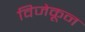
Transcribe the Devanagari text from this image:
विजेकून